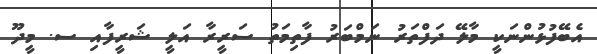
އެބޭފުޅުންނަކީ މާލޭ ދަފްތަރު ނަމްބަރު ފާތިމަތު ސަރީރާ އަލީ ޝަރީފާއި ސ. މީދޫ